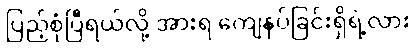
ပြည့်စုံပြီရယ်လို့ အားရ ကျေနပ်ခြင်းရှိရဲ့လား